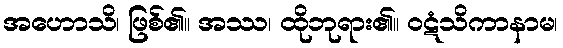
အဟောသိ၊ ဖြစ်၏။ အဿ၊ ထိုဘုရား၏။ ဝဋံသိကာနာမ၊